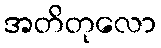
အတိတုလော